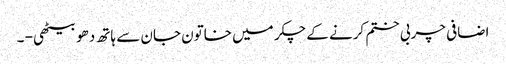
اضافی چربی ختم کرنے کے چکر میں خاتون جان سے ہاتھ دھو بیٹھی - ۔